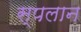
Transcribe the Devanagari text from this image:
स्पलान